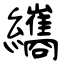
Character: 纗